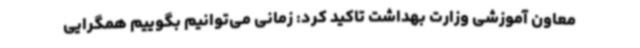
معاون آموزشی وزارت بهداشت تاکید کرد: زمانی می‌توانیم بگوییم همگرایی